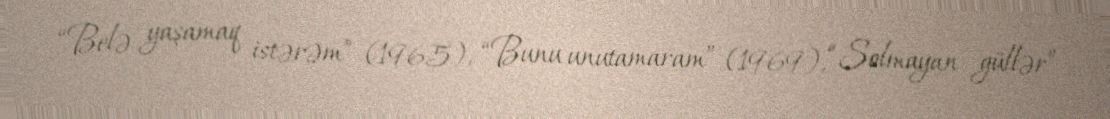
“Belə yaşamaq istərəm” (1965), “Bunu unutamaram” (1969), “Solmayan güllər”